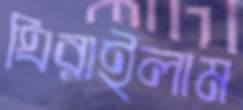
ঘিরাইলাম